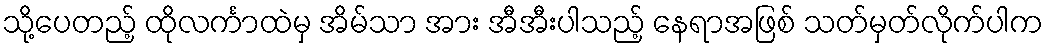
သို့ပေတည့် ထိုလင်္ကာထဲမှ အိမ်သာ အား အီအီးပါသည့် နေရာအဖြစ် သတ်မှတ်လိုက်ပါက